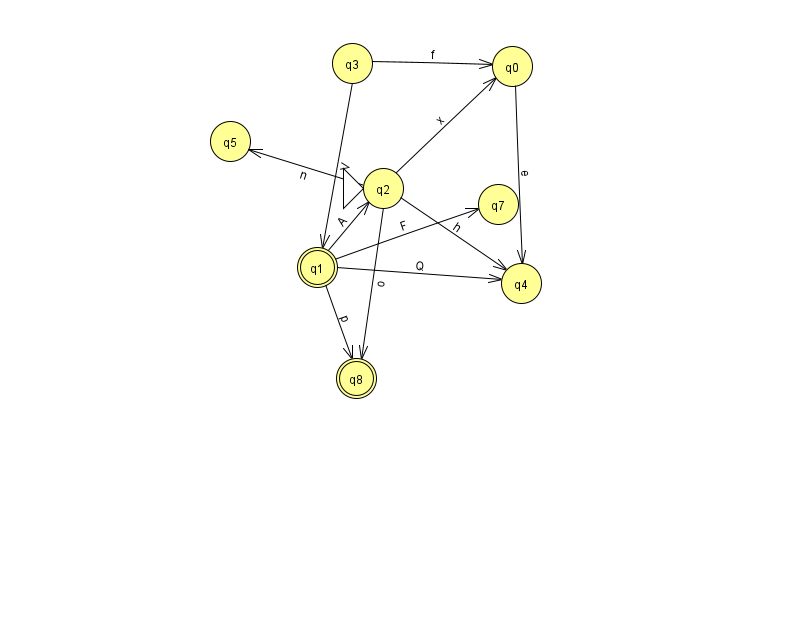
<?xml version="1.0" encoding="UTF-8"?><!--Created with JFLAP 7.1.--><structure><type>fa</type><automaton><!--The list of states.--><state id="0" name="q0"><x>512.0</x><y>53.0</y></state><state id="1" name="q1"><x>317.0</x><y>254.0</y><final/></state><state id="2" name="q2"><x>383.0</x><y>175.0</y><initial/></state><state id="3" name="q3"><x>352.0</x><y>50.0</y></state><state id="4" name="q4"><x>521.0</x><y>270.0</y></state><state id="5" name="q5"><x>230.0</x><y>128.0</y></state><state id="7" name="q7"><x>498.0</x><y>191.0</y></state><state id="8" name="q8"><x>356.0</x><y>365.0</y><final/></state><!--The list of transitions.--><transition><from>3</from><to>0</to><read>f</read></transition><transition><from>1</from><to>2</to><read>A</read></transition><transition><from>0</from><to>4</to><read>e</read></transition><transition><from>2</from><to>8</to><read>o</read></transition><transition><from>3</from><to>1</to><read>V</read></transition><transition><from>1</from><to>4</to><read>Q</read></transition><transition><from>1</from><to>7</to><read>F</read></transition><transition><from>2</from><to>0</to><read>x</read></transition><transition><from>1</from><to>8</to><read>p</read></transition><transition><from>2</from><to>4</to><read>h</read></transition><transition><from>2</from><to>5</to><read>n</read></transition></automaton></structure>